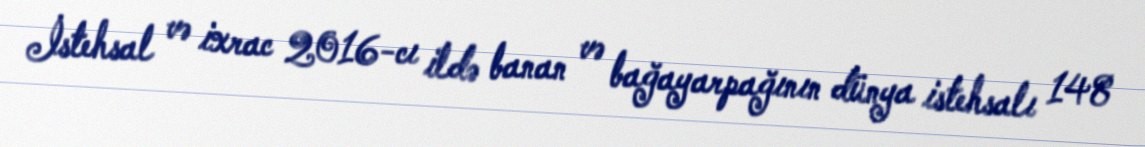
İstehsal və ixrac 2016-cı ildə banan və bağayarpağının dünya istehsalı 148